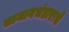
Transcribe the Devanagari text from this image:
सामानभंडाराचे